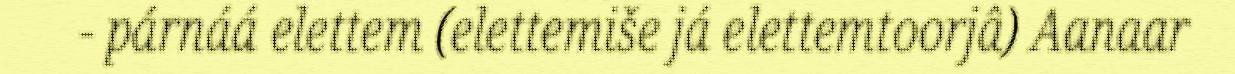
- párnáá elettem (elettemiše já elettemtoorjâ) Aanaar